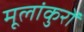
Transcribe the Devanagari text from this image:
मूलांकुरों